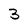
Character: 3